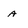
Character: a